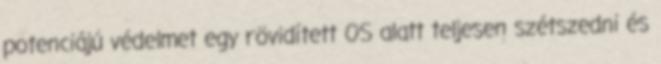
potenciájú védelmet egy rövidített OS alatt teljesen szétszedni és